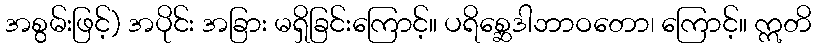
အစွမ်းဖြင့်) အပိုင်း အခြား မရှိခြင်းကြောင့်။ ပရိစ္ဆေဒါဘာဝတော၊ ကြောင့်။ ဣတိ